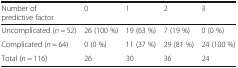
| Number of predictive factor | 0 | 1 | 2 | 3 |
 | --- | --- | --- | --- | --- |
 | Uncomplicated (n = 52) | 26 (100 %) | 19 (63 %) | 7 (19 %) | 0 (0 %) |
 | Complicated (n = 64) | 0 (0 %) | 11 (37 %) | 29 (81 %) | 24 (100 %) |
 | Total (n = 116) | 26 | 30 | 36 | 24 |